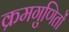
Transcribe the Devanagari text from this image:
क्रमगुणितों